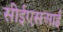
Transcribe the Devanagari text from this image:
सीईएसआई